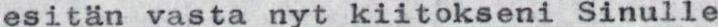
esitän vasta nyt kiitokseni Sinulle